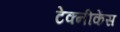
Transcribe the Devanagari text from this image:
टेक्नीकेंस